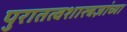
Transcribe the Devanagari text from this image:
पुरातत्वशास्त्रज्ञांच्या